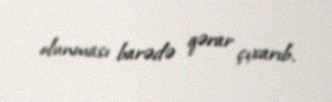
olunması barədə qərar çıxarıb.